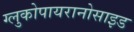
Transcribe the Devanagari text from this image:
ग्लुकोपायरानोसाइड